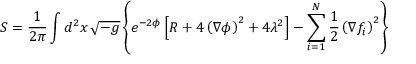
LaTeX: S = { \frac { 1 } { 2 \pi } } \int d ^ { 2 } x \, { \sqrt { - g } } \left\{ e ^ { - 2 \phi } \left[ R + 4 \left( \nabla \phi \right) ^ { 2 } + 4 \lambda ^ { 2 } \right] - \sum _ { i = 1 } ^ { N } { \frac { 1 } { 2 } } \left( \nabla f _ { i } \right) ^ { 2 } \right\}